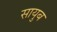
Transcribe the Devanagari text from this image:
सायुब